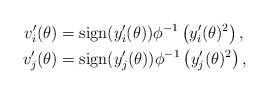
\begin{align*} v_i'(\theta)&=\mbox{sign}(y_i'(\theta))\phi^{-1}\left(y_i'(\theta)^2\right),\\ v_j'(\theta)&=\mbox{sign}(y_j'(\theta))\phi^{-1}\left(y_j'(\theta)^2 \right), \end{align*}